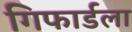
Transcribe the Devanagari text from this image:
गिफार्डला